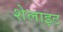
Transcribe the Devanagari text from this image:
शेलाइट